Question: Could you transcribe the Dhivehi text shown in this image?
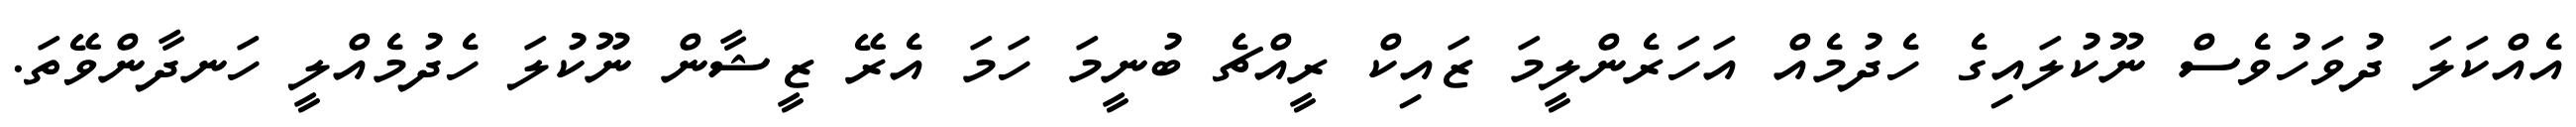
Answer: އެއްކަލަ ދުވަހުވެސް ނޫކުލައިގެ ހެދުމެއް އަހަރެންލީމަ ޒައިކް ރީއްޗެ ބުނީމަ ހަމަ އެރޭ ޒީޝާން ނޫކުލަ ހެދުމެއްލީ ހަނދާންވޭތަ.